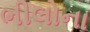
ભીલોના